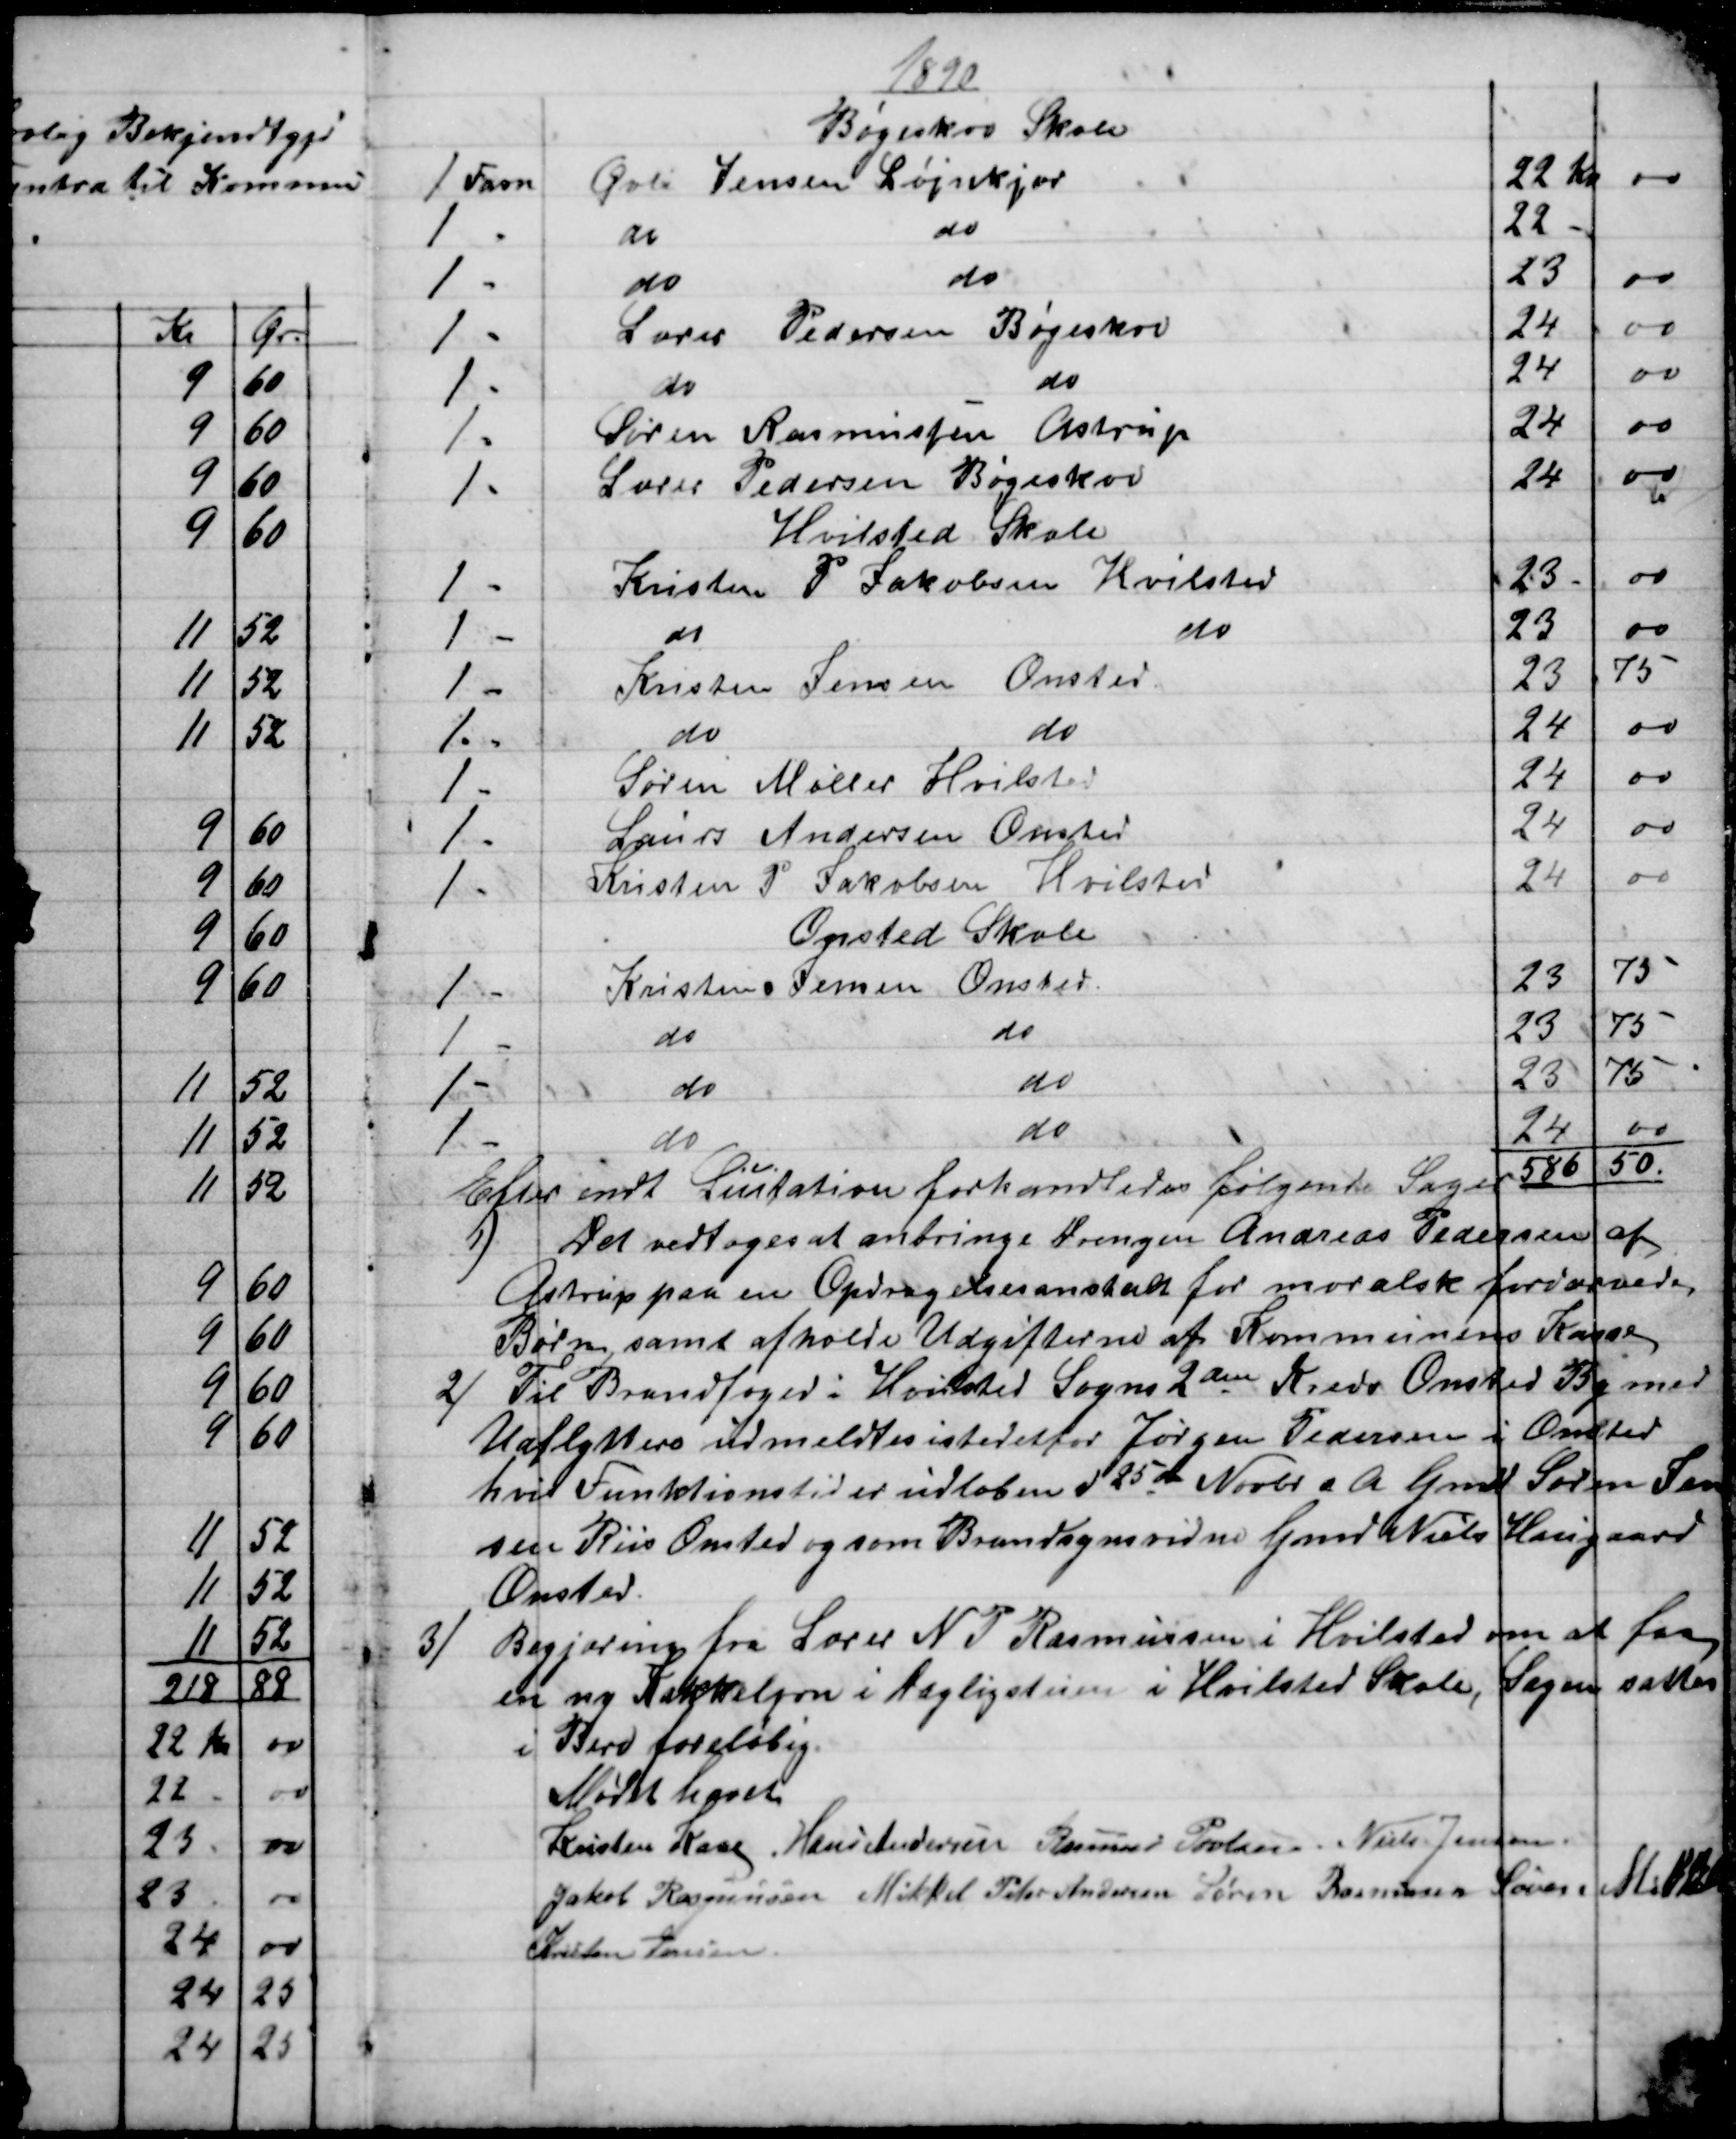
Transskription:
1890
Bøgeskov Skole
1 Favn
Øvli Jensen Løjnkjær
22 Kr.
00
1 -
do
do
22 -
1 -
do
do
23
00
1 - 
Lærer Pedersen Bøgeskov
24
00
1 - 
do
do
24
00
1 -
Søren Rasmussen Astrup
24
00
1 -
Lærer Pedersen Bøgeskov
24
00
Hvilsted Skole
1 -
Kristen P Jakobsen Hvilsted
23
00
1 -
do
do
23
00
1 -
Kristen Jensen Onsted
23
75
1 -
do
do
24
00
1 -
Søren Møller Hvilsted
24
00
1 -
Laurs Andersen Onsted
24
00
1 -
Kristen P. Jakobsen Hvilsted
24
00
Onsted Skole
1-
Kristen Jensen Onsted
23
75
1 -
do
do
23
75
1 -
do
do
23
75
1 -
do
do
24
00
586  50.
Efter endt Licitation forhandledes følgende Sager 
1)
Det vedtoges at anbringe Drengen Andreas Pedersen af
Astrup paa en Opdragelsesanstalt for moralsk fordærvede
Børn, samt afholde Udgifterne af Kommunens Kasse
2) 
 Til Brandfoged i Hvilsted Sogns 2den Kreds Onsted By med
Udflyttere udmeldtes istedetfor Jørgen Pedersen i Onsted
hvis Funktionstid er udløben d 25de Novbr d A Gmd Søren Jen
sen Riis Onsted og som Brandsynsvidne Gmd Niels Haugaard
Onsted.
3)
Begjæring fra Lærer N P Rasmussen i Hvilsted om at faa
en ny Kakkelovn i Dagligstuen i Hvilsted Skole, Sagen sattes
i Bero foreløbig.
Mødet hævet
Kristen Kaae, Hans Andersen Rasmus Povlsen Niels Jensen
Jakob Rasmussen Mikkel Peter Andersen Søren Rasmussen Søren Mikkelsen
Kristen Jensen